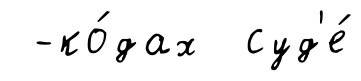
-ко́дах суд'е́